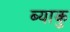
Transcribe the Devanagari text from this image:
ब्याकु